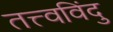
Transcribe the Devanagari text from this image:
तत्त्वविंदु